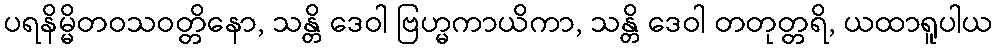
ပရနိမ္မိတဝသဝတ္တိနော, သန္တိ ဒေဝါ ဗြဟ္မကာယိကာ, သန္တိ ဒေဝါ တတုတ္တရိ, ယထာရူပါယ